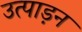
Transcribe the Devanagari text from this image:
उत्पाड़न